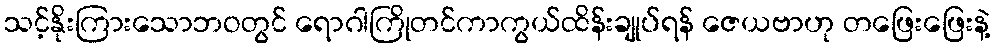
သင့်နိုးကြားသောဘဝတွင် ရောဂါကြိုတင်ကာကွယ်ထိန်းချုပ်ရန် ဇေယဗာဟု တဖြေးဖြေးနဲ့